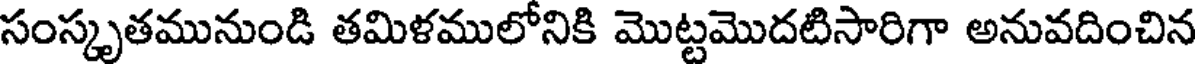
సంస్కృతమునుండి తమిళములోనికి మొట్టమొదటిసారిగా అనువదించిన